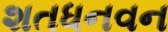
શતધનવન